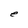
Character: e